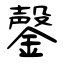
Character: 鏧